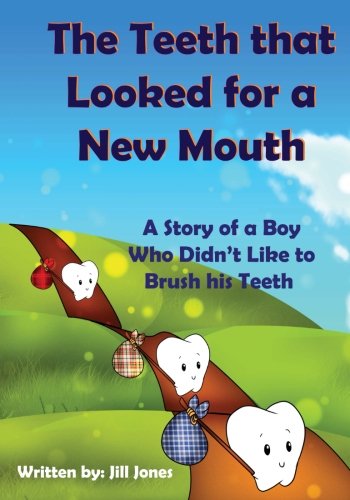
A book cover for The Teeth that Looked for a New Mouth: A Story of a Boy Who Didn't Like to Brush his Teeth; Jill Jones; Medical Books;